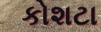
કોશટા